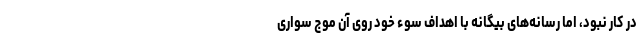
در کار نبود، اما رسانه‌های بیگانه با اهداف سوء خود روی آن موج سواری